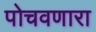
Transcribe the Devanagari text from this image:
पोचवणारा